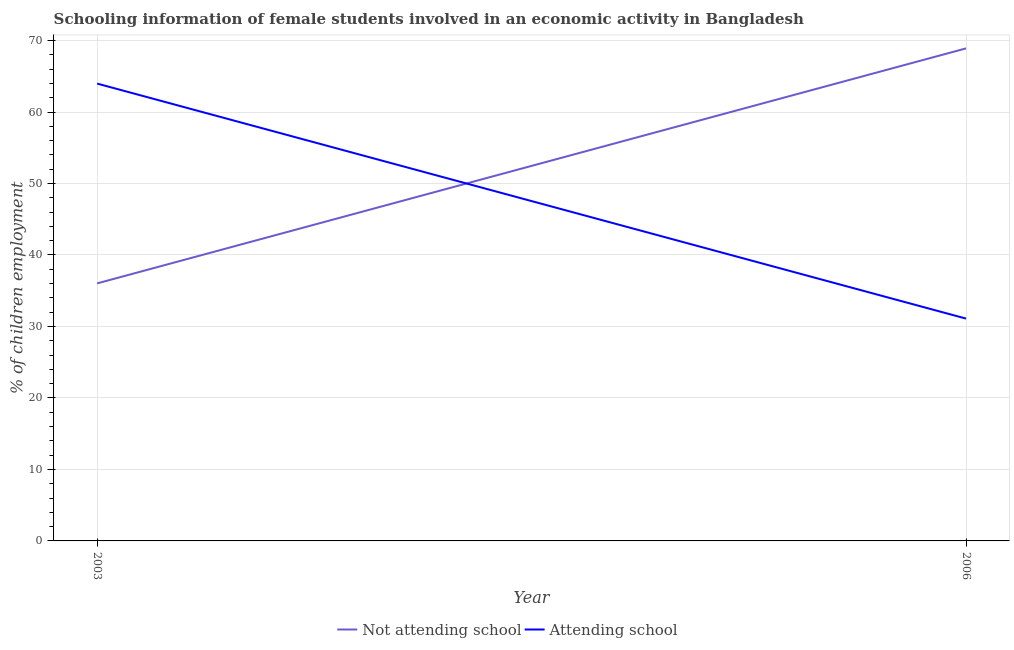
| Year | Not attending school | Attending school |
 | --- | --- | --- |
 | 2003 | 36 | 64 |
 | 2006 | 68.9 | 31.1 |